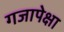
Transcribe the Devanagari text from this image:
गजापेक्षा